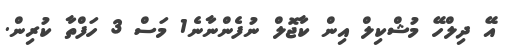
އޭ ދިލްހޭ މުޝްކިލް އިން ކާޖޮލް ނުފެންނާނެ1 މަސް 3 ހަފްތާ ކުރިން.